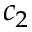
c _ { 2 }